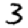
Digit: 3